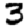
Digit: 3